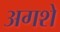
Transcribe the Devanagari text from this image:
अगशे